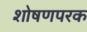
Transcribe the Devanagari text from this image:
शोषणपरक